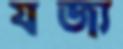
যজ্য